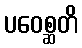
ပဝေစ္ဆတိ